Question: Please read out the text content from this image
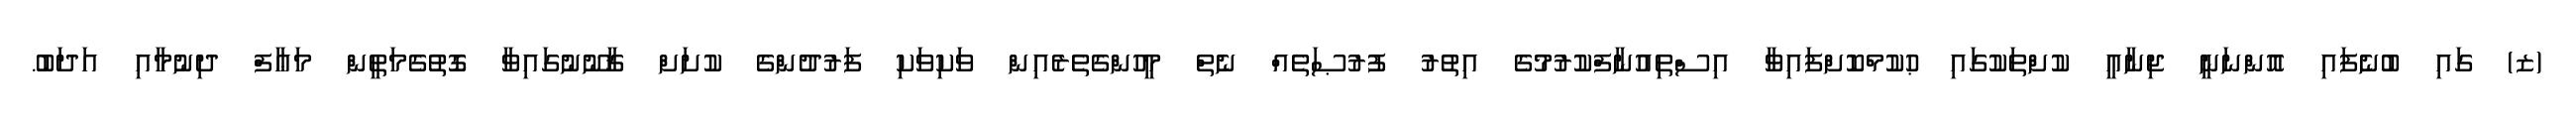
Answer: (ޒ) ގައި ބުނެފައި އޮންނަނީ ޖިނާއީ ކުށްތަކުގައި ޙުކުމްކޮށްފައިވާ އިސްތިއުނާފްކުރުމުގެ އިތުރު ފުރުޞަތެއް ނެތް މީހުންގެތެރެއިން ވަކިވަކި ފަރުދުންގެ ކުށަށް ޤާނޫނުގައިވާ ގޮތުގެމަތީން މަޢާފް ދިނުމާއި އަދަބު.